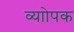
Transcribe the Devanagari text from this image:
व्याोपक